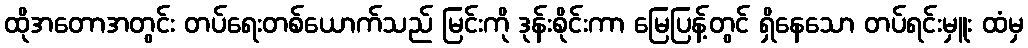
ထိုအတောအတွင်း တပ်ရေးတစ်ယောက်သည် မြင်းကို ဒုန်းစိုင်းကာ မြေပြန့်တွင် ရှိနေသော တပ်ရင်းမှူး ထံမှ